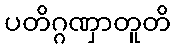
ပတိဂ္ဂဏှာတူတိ